Lunatic asylums Madras 1892-1911 - 1892-1911
Year: 1892
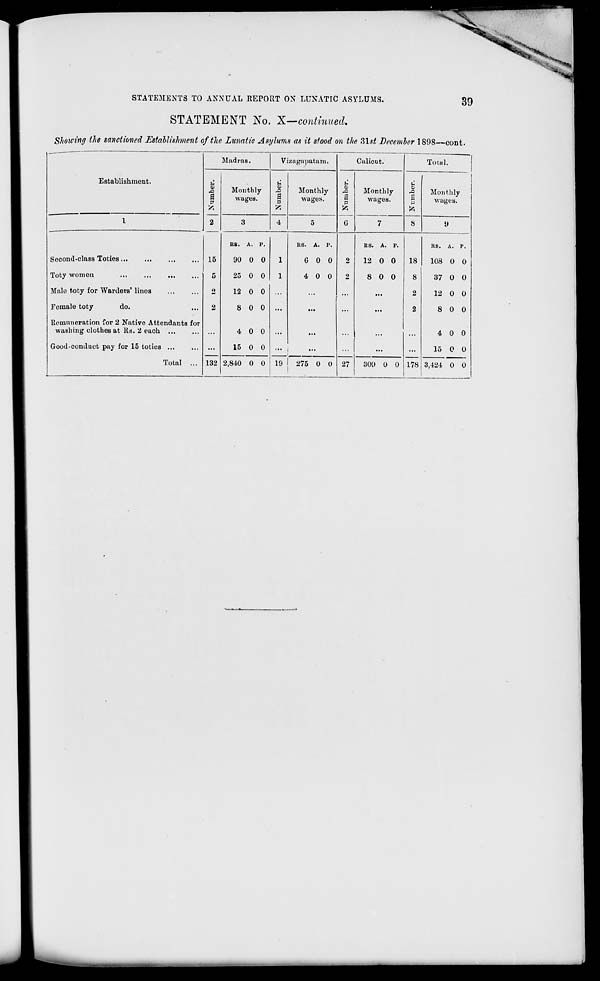
"*?!
STATEMENTS TO ANNUAL REPORT ON LUNATIC ASYLUMS.
39
STATEMENT No. X—continued.
Showing the sanctioned Establishment of the Lunatic Asylums as it stood on the 31st December 1898—cont.
Establishment.
Madras.
Vizagapatam.
Calicut.
Total.
Z
X
a
2
15
5
o
2
132
Monthly
wages.
£
X
a s
Monthly
wages.
a
to
G
Monthly
wages.
C
o
X
P
to
Monthly
wages.
1
3
4
5
7
8
9
Second-class Toties
Toty women
...
...
...
Male toty for Warders' lines
Female toty
do.
Remuneration for 2 Native Attendants for
washing clothes at Rs. 2 each ...
Good-conduct pay for 15 toties ...
Total ...
RS. A. P.
90 0 0
25 0 0
12 0 0
8 0 0
4 0 0
15 0 0
1
1
RS. A. P.
GOO
4 0 0
...
2
2
27
RS. A. P.
12 0 0
8 0 0
18
8
2
2
178
RS. A. P.
108 0 0
37 0 0
12 0 0
8 0 0
4 0 0
15 0 0
2,840 0 0 19 | 275 0 0
309 0 0
3,424 0 0